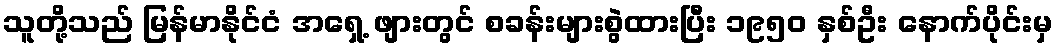
သူတို့သည် မြန်မာနိုင်ငံ အရှေ့ ဖျားတွင် စခန်းများစွဲထားပြီး ၁၉၅၀ နှစ်ဦး နောက်ပိုင်းမှ